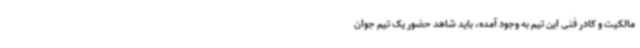
مالکیت و کادر فنی این تیم به وجود آمده، باید شاهد حضور یک‌ تیم جوان